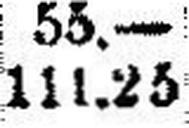
111.25